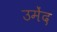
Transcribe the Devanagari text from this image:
उमेंद